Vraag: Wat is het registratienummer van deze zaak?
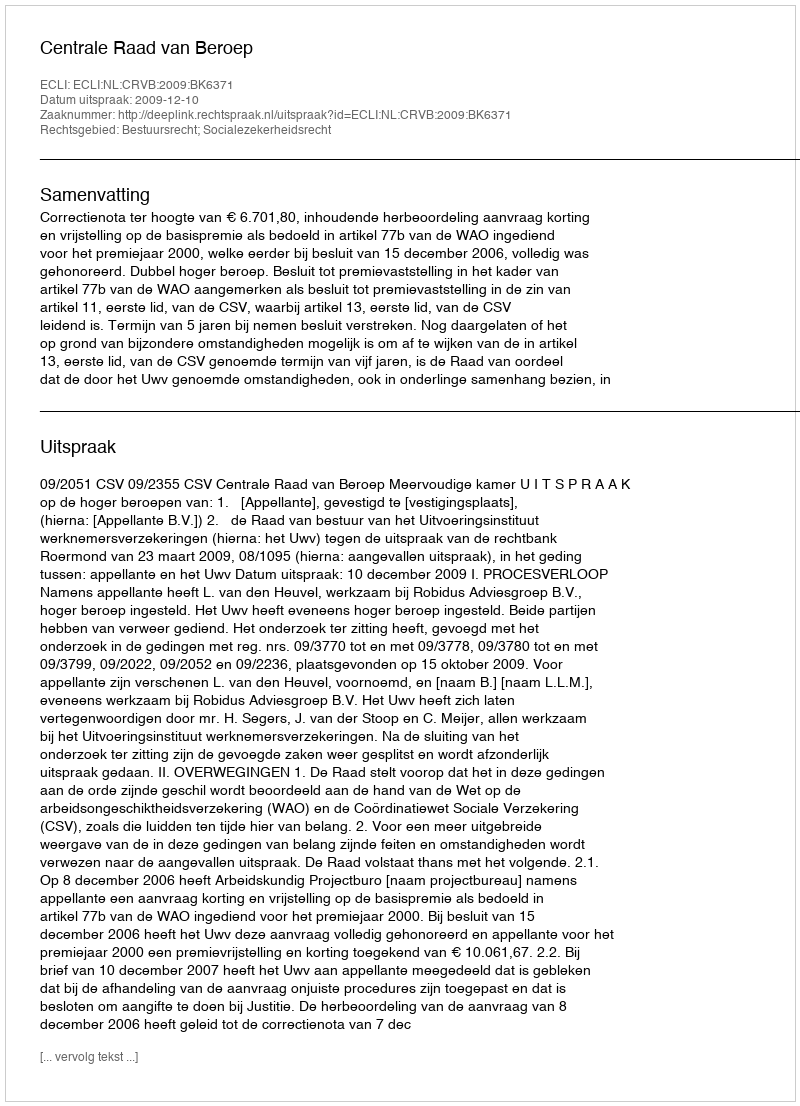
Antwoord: http://deeplink.rechtspraak.nl/uitspraak?id=ECLI:NL:CRVB:2009:BK6371